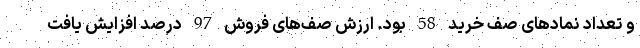
و تعداد نمادهای صف خرید 58 بود. ارزش صف‌های فروش 97 درصد افزایش یافت